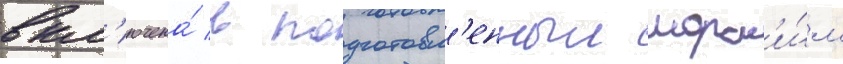
вкл'ючена́ в подготовл'енныи морск'и́м